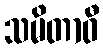
သမိတာဝီ